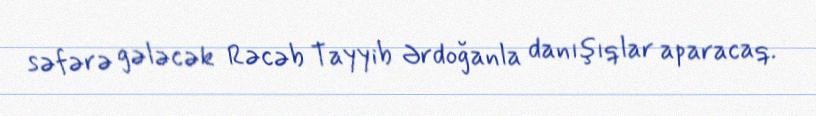
səfərə gələcək Rəcəb Tayyib Ərdoğanla danışıqlar aparacaq.